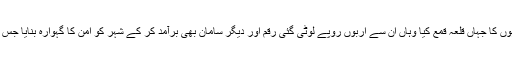
فیلڈ میں تعیناتی کے دوران انھوں نے ریکارڈ کامیابیاں حاصل کی ہیں اورکئی خطرناک مجرمان گروہوں کا جہاں قلعہ قمع کیا وہاں ان سے اربوں روپے لوٹی گئی رقم اور دیگر سامان بھی برآمد کر کے شہر کو امن کا گہوارہ بنایا جس پر اس وقت کے آئی جی پو لیس نے ان کی کارکر دگی سراہتے ہوئے انھیں خصوصی انعام سے نوازا۔